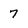
Character: 7